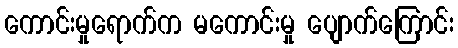
ကောင်းမှုရောက်က မကောင်းမှု ပျောက်ကြောင်း